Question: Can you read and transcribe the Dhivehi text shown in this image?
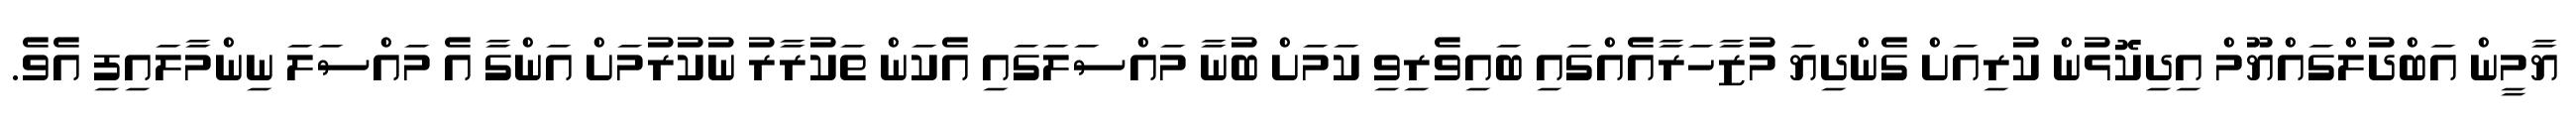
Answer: ޔާމީން އަބްދުލްގައްޔޫމް އިދިކޮޅުން ކުރިއަށް ގެންދިޔަ މުޒާހަރާއެއްގައި ބައިވެރިވި ކަމަށް ބުނާ މައްސަލަގައި އެކަން ތަކުރާރު ނުކުރުމަށް އަންގާ އެ މައްސަލަ ނިންމާލައިފި އެވެ.